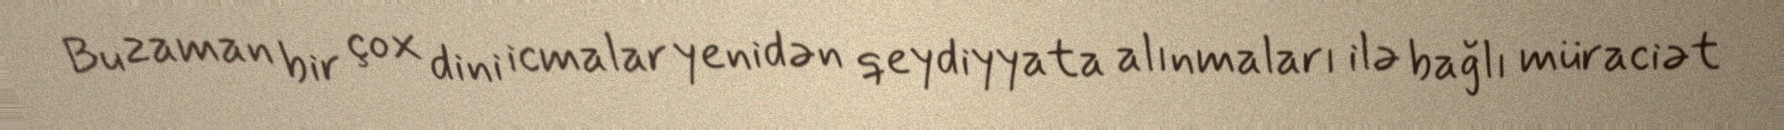
Bu zaman bir çox dini icmalar yenidən qeydiyyata alınmaları ilə bağlı müraciət